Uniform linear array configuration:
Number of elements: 64
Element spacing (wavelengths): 0.75
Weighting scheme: kaiser
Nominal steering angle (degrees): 0
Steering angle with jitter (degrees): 0.9016
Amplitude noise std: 0.05
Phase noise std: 0.05

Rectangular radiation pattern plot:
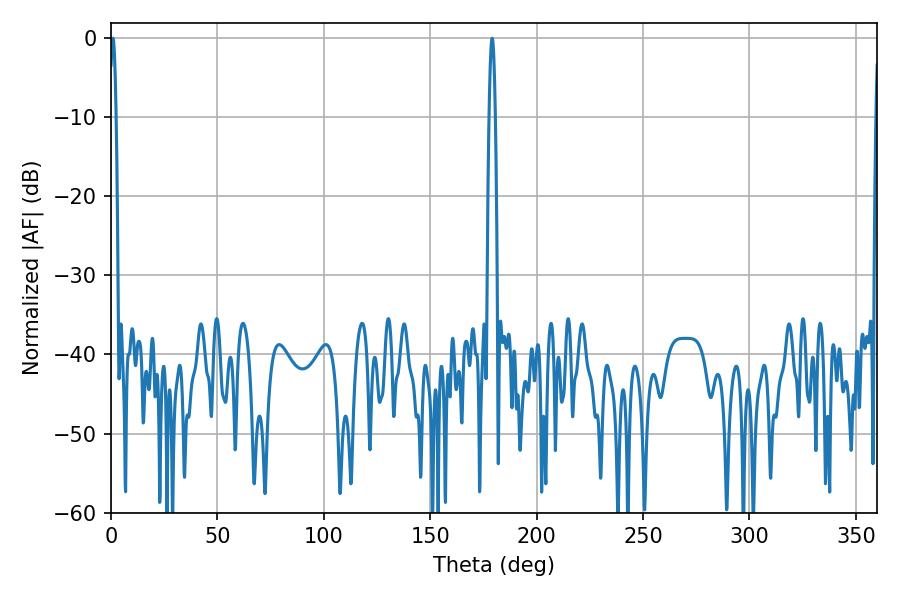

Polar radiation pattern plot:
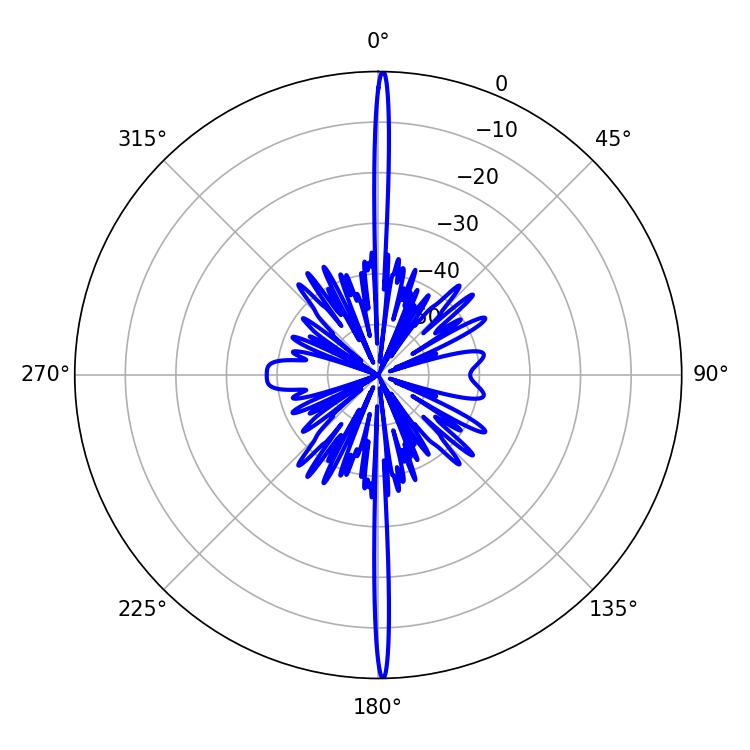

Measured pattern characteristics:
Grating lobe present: TRUE
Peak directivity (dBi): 33.002
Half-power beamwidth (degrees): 1.44
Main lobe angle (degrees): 0.9